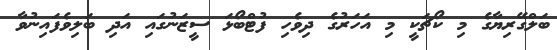
ބަލްގޭރިޔާގެ މި ކޯޗަކީ މި އަހަރުގެ ދިވެހި ފުޓްބޯޅަ ސީޒަނުގައި އަދި ބަލިވެފައިނުވާ